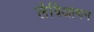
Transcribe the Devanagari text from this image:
लेविआथन